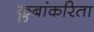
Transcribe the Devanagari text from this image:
क्लबांकरिता